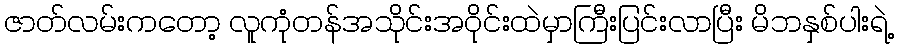
ဇာတ်လမ်းကတော့ လူကုံတန်အသိုင်းအဝိုင်းထဲမှာကြီးပြင်းလာပြီး မိဘနှစ်ပါးရဲ့